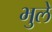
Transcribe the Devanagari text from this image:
भुले